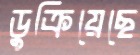
ডুক্‌রিয়েছে